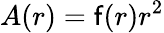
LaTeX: A(r)=\mathsf{f}(r)r^{2}